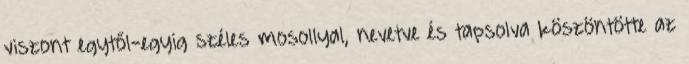
viszont egytől-egyig széles mosollyal, nevetve és tapsolva köszöntötte az